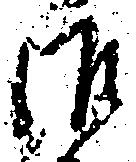
御